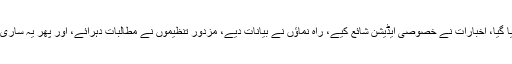
حسب معمول اس سال بھی یکم مئی کو مزدوروں کی ریلیاں ہوئیں، اجتماعات کا اہتمام کیا گیا، اخبارات نے خصوصی ایڈیشن شائع کیے، راہ نماؤں نے بیانات دیے، مزدور تنظیموں نے مطالبات دہرائے، اور پھر یہ ساری فائلیں لپیٹ کر اگلے سال یکم مئی کے لیے الماری کے محفوظ خانے میں رکھ دی گئیں۔